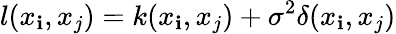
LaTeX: l(x_{\mathbf{i}},x_{j})=k(x_{\mathbf{i}},x_{j})+\sigma^{2}\delta(x_{\mathbf{i}},x_{j})